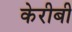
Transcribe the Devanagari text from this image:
केरीबी